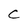
Character: C